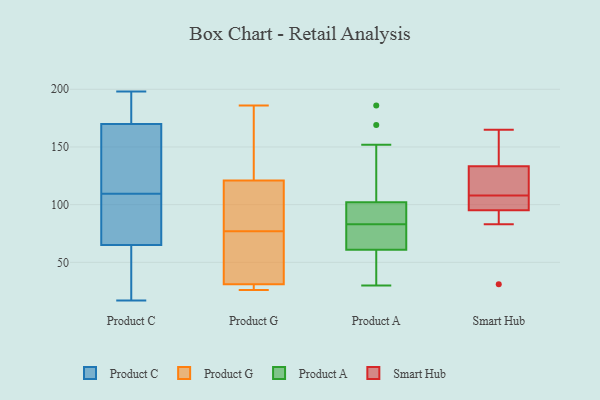
{"axis": {"x": "Latency (ms)", "y": "Value"}, "legend": ["Product A", "Product C", "Product G", "Smart Hub"], "data": [{"x": "", "y": 198, "type": "Product C"}, {"x": "", "y": 93, "type": "Product C"}, {"x": "", "y": 77, "type": "Product C"}, {"x": "", "y": 159, "type": "Product C"}, {"x": "", "y": 65, "type": "Product C"}, {"x": "", "y": 170, "type": "Product C"}, {"x": "", "y": 17, "type": "Product C"}, {"x": "", "y": 105, "type": "Product C"}, {"x": "", "y": 192, "type": "Product C"}, {"x": "", "y": 103, "type": "Product C"}, {"x": "", "y": 17, "type": "Product C"}, {"x": "", "y": 54, "type": "Product C"}, {"x": "", "y": 114, "type": "Product C"}, {"x": "", "y": 190, "type": "Product C"}, {"x": "", "y": 175, "type": "Product C"}, {"x": "", "y": 24, "type": "Product C"}, {"x": "", "y": 132, "type": "Product C"}, {"x": "", "y": 122, "type": "Product C"}, {"x": "", "y": 110, "type": "Product G"}, {"x": "", "y": 81, "type": "Product G"}, {"x": "", "y": 148, "type": "Product G"}, {"x": "", "y": 62, "type": "Product G"}, {"x": "", "y": 73, "type": "Product G"}, {"x": "", "y": 181, "type": "Product G"}, {"x": "", "y": 29, "type": "Product G"}, {"x": "", "y": 104, "type": "Product G"}, {"x": "", "y": 33, "type": "Product G"}, {"x": "", "y": 26, "type": "Product G"}, {"x": "", "y": 29, "type": "Product G"}, {"x": "", "y": 121, "type": "Product G"}, {"x": "", "y": 186, "type": "Product G"}, {"x": "", "y": 31, "type": "Product G"}, {"x": "", "y": 82, "type": "Product A"}, {"x": "", "y": 30, "type": "Product A"}, {"x": "", "y": 67, "type": "Product A"}, {"x": "", "y": 146, "type": "Product A"}, {"x": "", "y": 52, "type": "Product A"}, {"x": "", "y": 152, "type": "Product A"}, {"x": "", "y": 186, "type": "Product A"}, {"x": "", "y": 99, "type": "Product A"}, {"x": "", "y": 82, "type": "Product A"}, {"x": "", "y": 46, "type": "Product A"}, {"x": "", "y": 86, "type": "Product A"}, {"x": "", "y": 72, "type": "Product A"}, {"x": "", "y": 102, "type": "Product A"}, {"x": "", "y": 39, "type": "Product A"}, {"x": "", "y": 169, "type": "Product A"}, {"x": "", "y": 61, "type": "Product A"}, {"x": "", "y": 84, "type": "Product A"}, {"x": "", "y": 102, "type": "Product A"}, {"x": "", "y": 108, "type": "Smart Hub"}, {"x": "", "y": 116, "type": "Smart Hub"}, {"x": "", "y": 31, "type": "Smart Hub"}, {"x": "", "y": 103, "type": "Smart Hub"}, {"x": "", "y": 96, "type": "Smart Hub"}, {"x": "", "y": 127, "type": "Smart Hub"}, {"x": "", "y": 165, "type": "Smart Hub"}, {"x": "", "y": 83, "type": "Smart Hub"}, {"x": "", "y": 165, "type": "Smart Hub"}, {"x": "", "y": 152, "type": "Smart Hub"}, {"x": "", "y": 93, "type": "Smart Hub"}, {"x": "", "y": 114, "type": "Smart Hub"}, {"x": "", "y": 98, "type": "Smart Hub"}]}